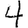
Digit: 4